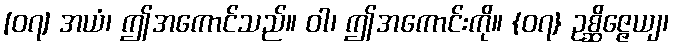
[၀၇] အယံ၊ ဤအကောင်သည်။ ဝါ၊ ဤအကောင်းကို။ {၀၇} ဥစ္ဆိဇ္ဇေယျ၊